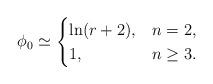
LaTeX: \begin{align*}\phi_{0}\simeq\begin{cases}\ln(r+2), &n=2,\\1, &n\geq3.\end{cases}\end{align*}